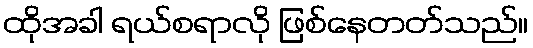
ထိုအခါ ရယ်စရာလို ဖြစ်နေတတ်သည်။